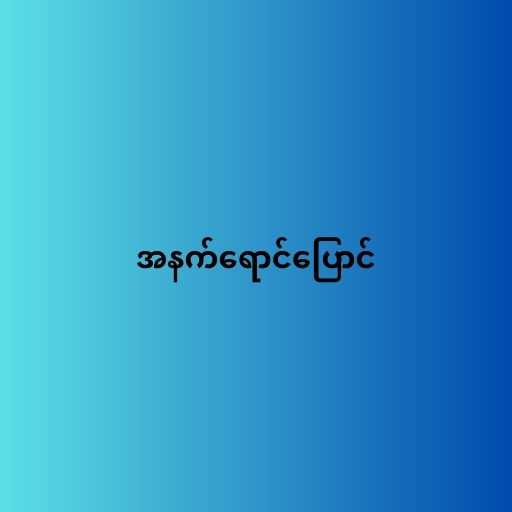
အနက်ရောင်ပြောင်